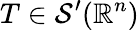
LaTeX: T\in{\mathcal{S}}^{\prime}(\mathbb{R}^{n})